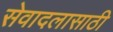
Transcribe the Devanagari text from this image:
सेवादलासाठी